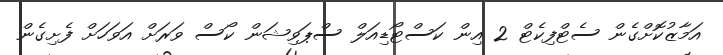
އަމާޒުކޮށްގެން ސެޓްފިކެޓް 2 އިން ކަސްޓޯޑިއަލް ސްޕަވިޝަން ކޯސް ވަރަށް އަވަހަށް ފެށިގެން